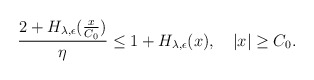
\begin{align*} \begin{aligned} \frac{2+H_{\lambda,\epsilon}(\frac{x}{C_0})}{\eta}\leq 1+ H_{\lambda,\epsilon}(x),~~ ~|x|\geq C_0. \end{aligned} \end{align*}